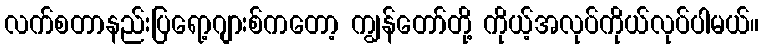
လက်စတာနည်းပြရော့ဂျားစ်ကတော့ ကျွန်တော်တို့ ကိုယ့်အလုပ်ကိုယ်လုပ်ပါမယ်။